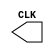
`timescale 1ns / 1ps
//////////////////////////////////////////////////////////////////////////////////
// Company: 
// Engineer: 
// 
// Design Name: 
// Module Name:    m555 
// Project Name: 
// Target Devices: 
// Tool versions: 
// Description: 
//
// Dependencies: 
//
// Revision: 
// Revision 0.01 - File Created
// Additional Comments: 
//
//////////////////////////////////////////////////////////////////////////////////
module m555 (CLK);
   parameter StartTime = 0, Ton = 50, Toff = 50, Tcc = Ton+Toff; // 
 
   output CLK;
   reg 	  CLK;
   
   initial begin
      #StartTime CLK = 0;
   end
   
   // The following is correct if clock starts at LOW level at StartTime //
   always begin
      #Toff CLK = ~CLK;
      #Ton CLK = ~CLK;
   end
endmodule